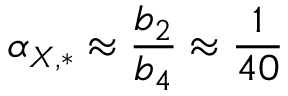
\alpha _ { X , * } \approx \frac { b _ { 2 } } { b _ { 4 } } \approx \frac { 1 } { 4 0 }